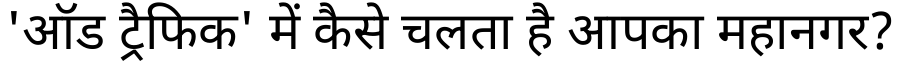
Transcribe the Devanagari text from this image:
'ऑड ट्रैफिक' में कैसे चलता है आपका महानगर?